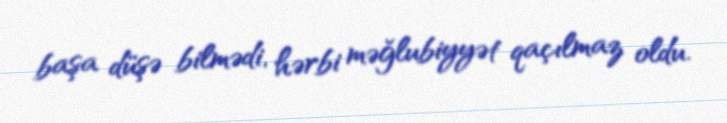
başa düşə bilmədi, hərbi məğlubiyyət qaçılmaz oldu.